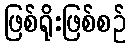
ဖြစ်ရိုးဖြစ်စဉ်